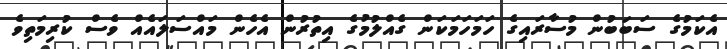
އެކަމުގެ ސަބަބުން މުސާރައިގެ ހަމަހަމަކަން ގެއްލުމުގެ އިތުރުން އެހެން މައްސަލައެއް ވެސް ކުރިމަތިވެ